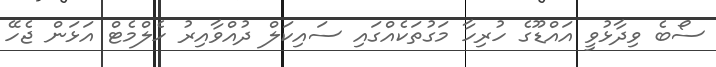
ސޯބެ ވިދާޅުވީ އައްޑޫގެ ހުރިހާ މަގުތަކެއްގައި ސައިކަލް ދުއްވާއިރު ހެލްމެޓް އަޅަން ޖެހޭ